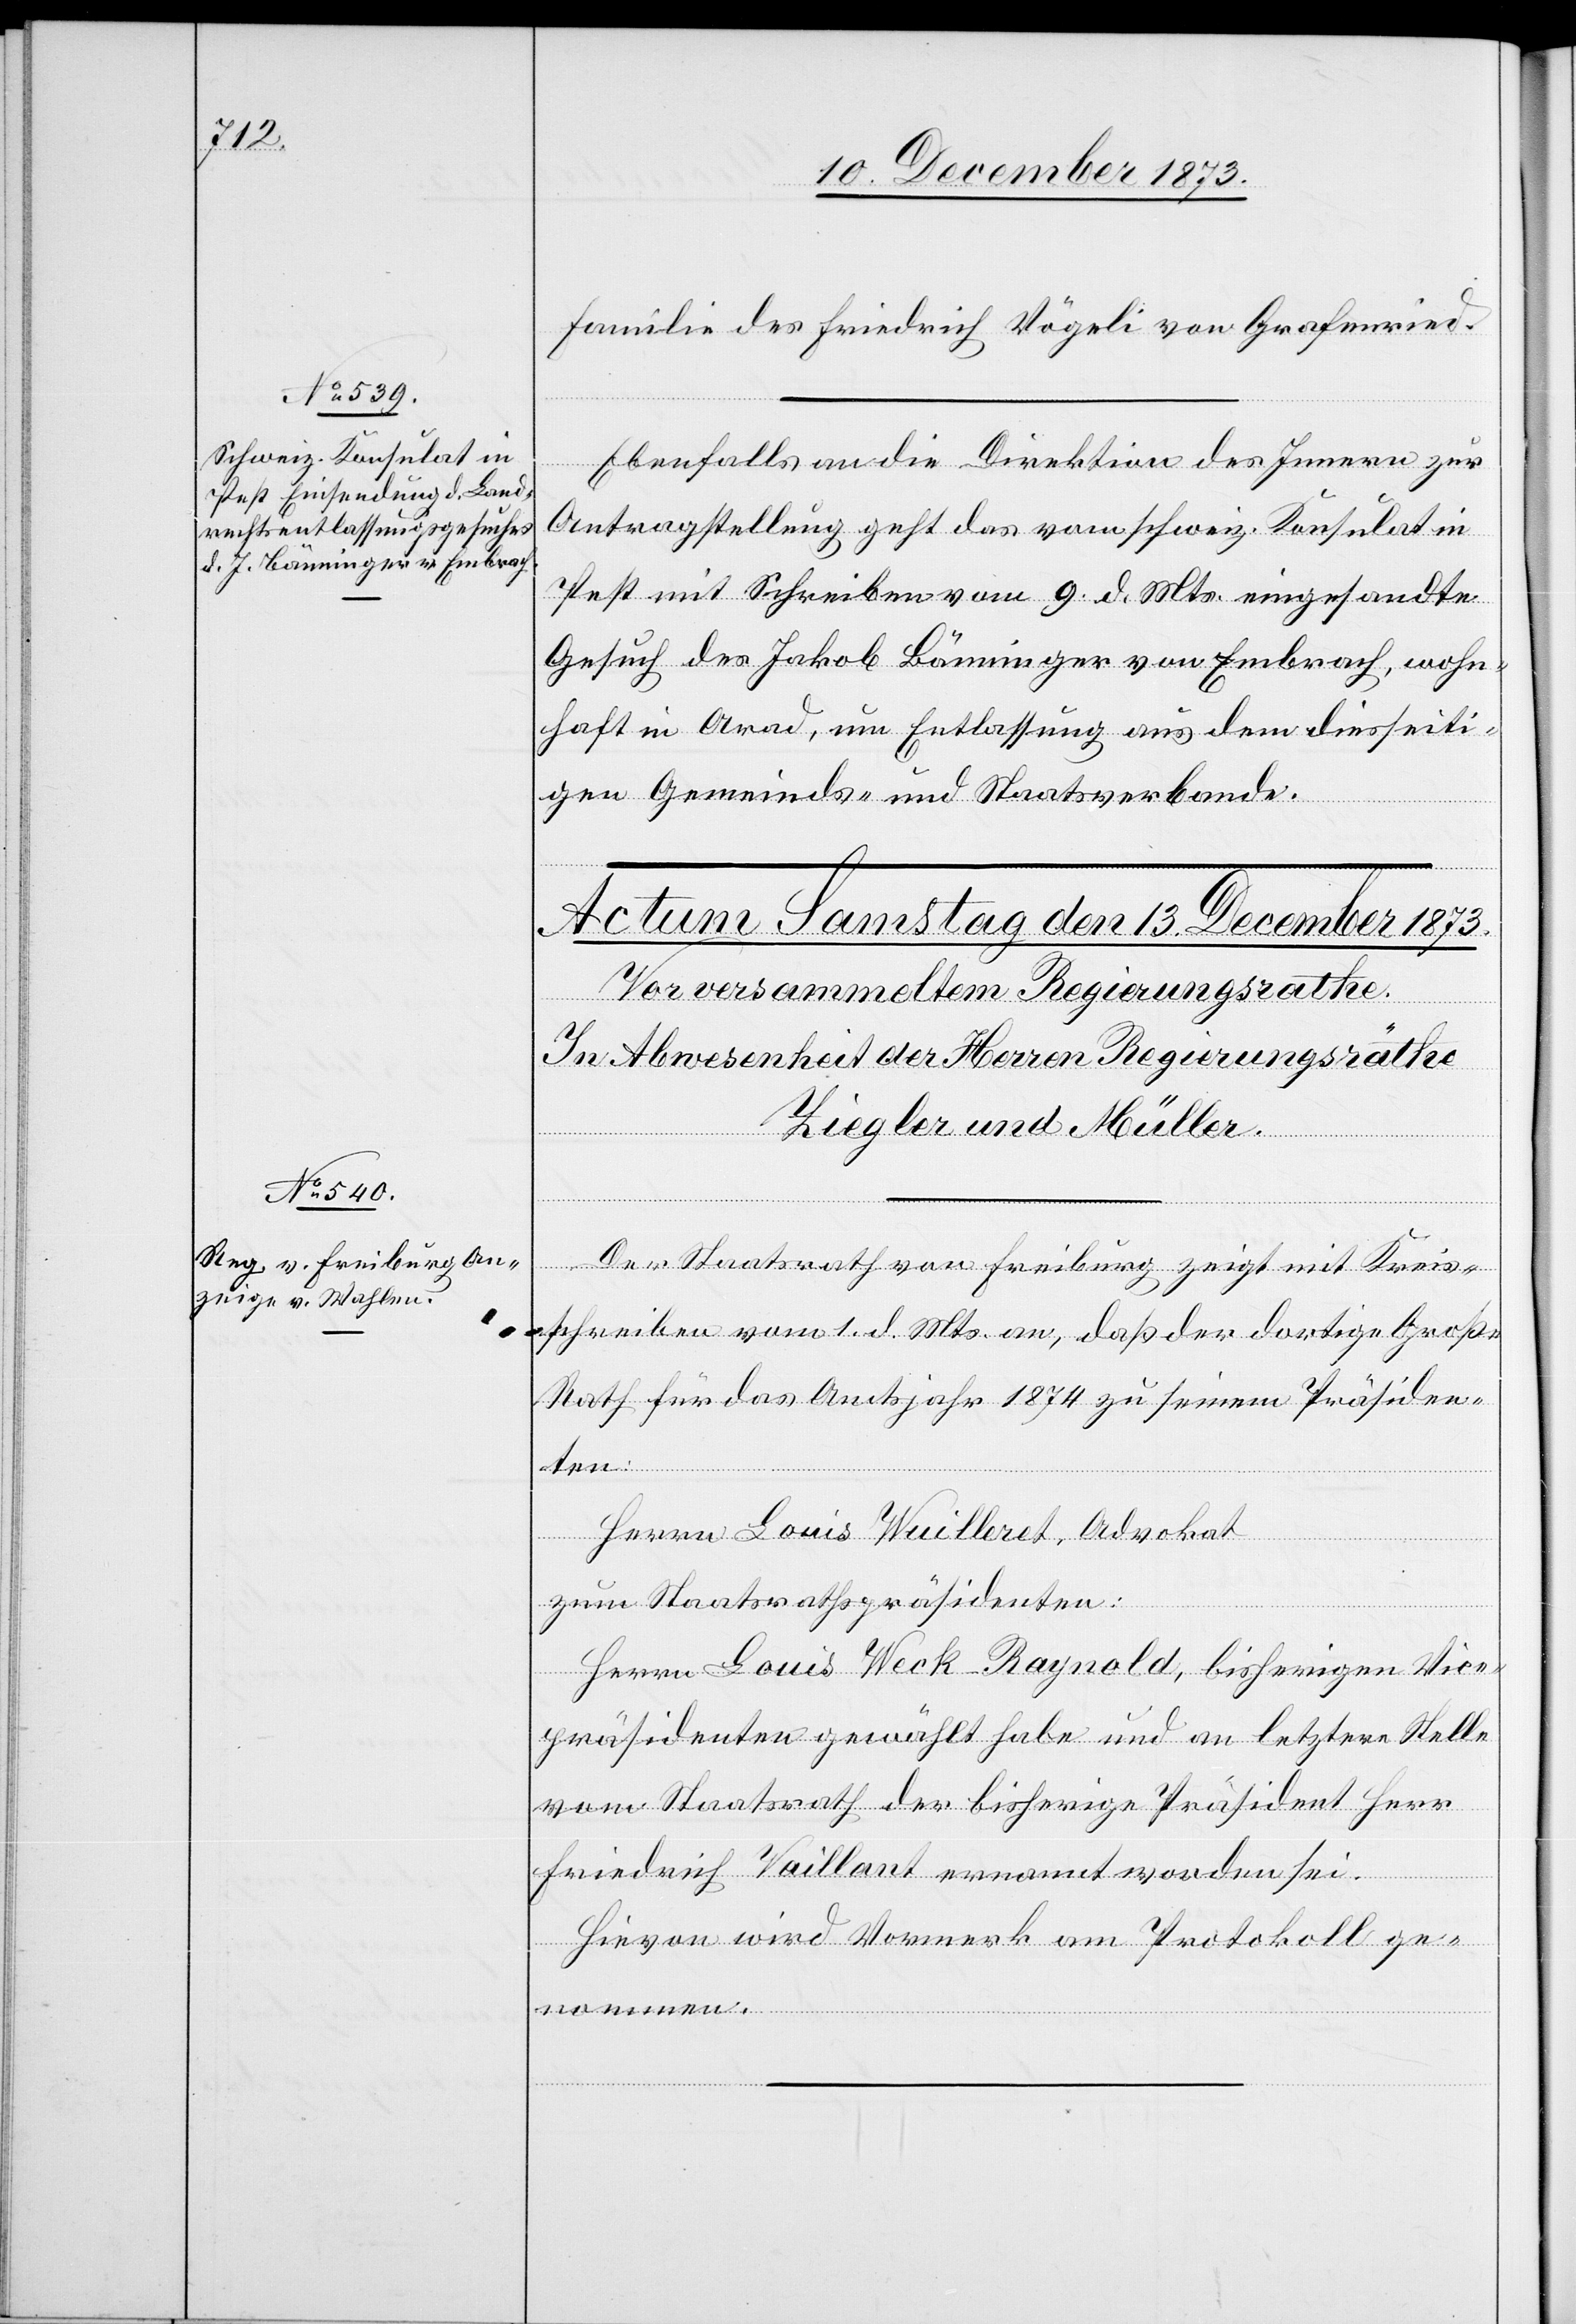
12. December 1873.]
Familie des Friedrich Vögeli von Grafenried.
Ebenfalls an die Direktion des Innern zur
Antragstellung geht das vom schweiz. Konsulat in
Pest mit Schreiben vom 9. d. Mts. eingesandte
Gesuch des Jakob Bänninger von Embrach, wohn¬
haft in Arad, um Entlassung aus dem diesseiti¬
gen Gemeinds- und Staatsverbande.
men.
Der Staatsrath von Freiburg zeigt mit Kreis¬
schreiben vom 1. d. Mts. an, daß der dortige Große
Rath für das Amtsjahr 1874 zu seinem Präsiden¬
ten:
Herrn Louis Wuilleret, Advokat
zum Staatsrathspräsidenten:
Herrn Louis Weck-Raynold, bisherigen Vice¬
präsidenten gewählt habe und an letztere Stelle
vom Staatsrath der bisherige Präsident Herr
Friedrich Vaillant ernannt worden sei.
Hievon wird Vormerk am Protokoll ge¬